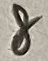
Text: 8